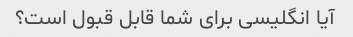
آیا انگلیسی برای شما قابل قبول است؟